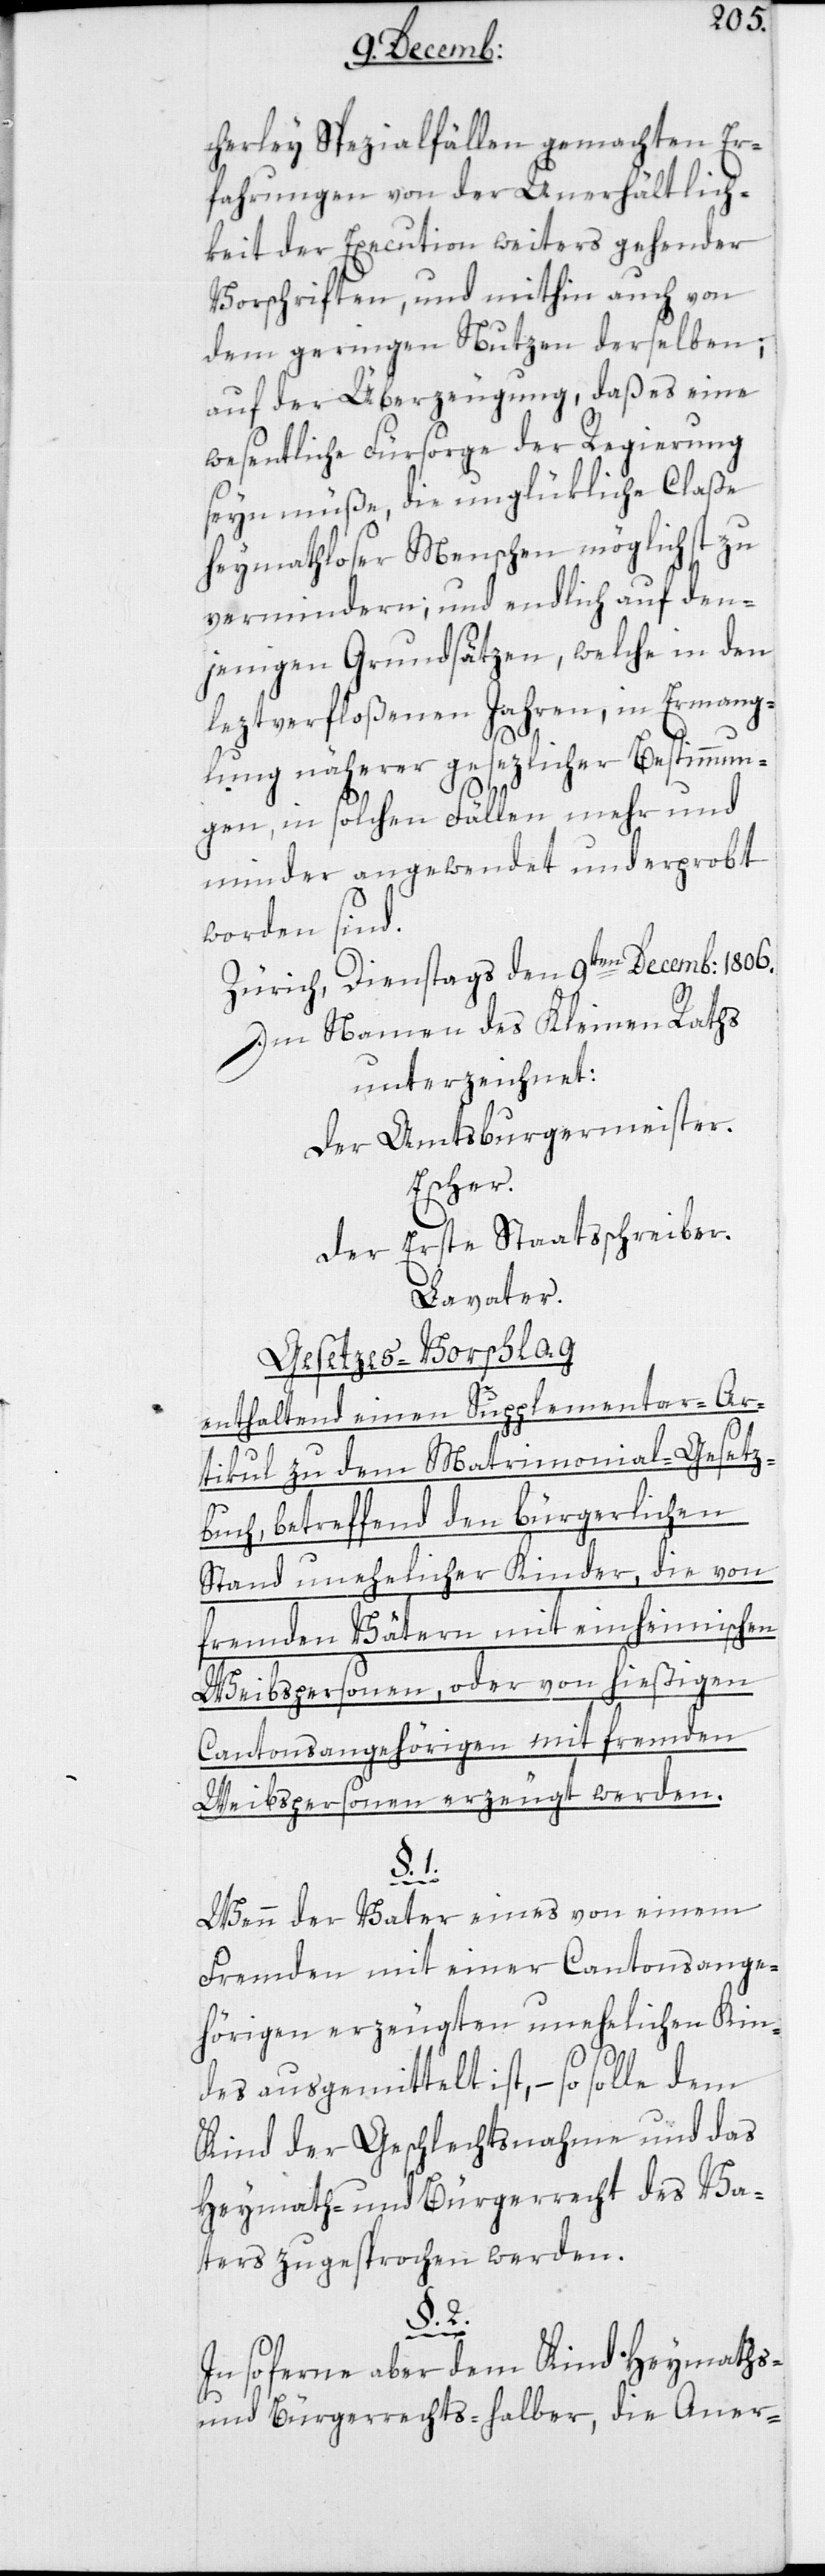
cherlei Spezialfällen gemachten Er¬
fahrungen von der Unerhältlich¬
keit der Execution weiters gehender
Vorschriften, und mithin auch von
dem geringen Nutzen derselben;
auf der Überzeugung, daß es eine
wesentliche Fürsorge der Regierung
sein müße, die unglükliche Claße
heimatloser Menschen möglichst zu
vermindern; und endlich auf den¬
jenigen Grundsätzen, welche in den
leztverfloßenen Jahren, in Ermange¬
lung näherer gesezlicher Bestimmun¬
gen, in solchen Fällen mehr und
minder angewendet und erprobt
worden sind.
Zürich, Dienstags den 9ten Decemb: 1806.
Im Namen des Kleinen Raths
unterzeichnet:
Der Amtsburgermeister.
Escher.
Der erste Staatsschreiber.
Lavater.
Gesetzes-Vorschlag
enthaltend einen Supplementar-Ar¬
ticul zu dem Matrimonial-Gesetz¬
buch, betreffend den bürgerlichen
Stand unehelicher Kinder, die von
fremden Vätern mit einheimischen
2.
Weibspersonen, oder von hießigen
Cantonsangehörigen mit fremden
Weibspersonen erzeugt werden.
§. 1.
Wenn der Vater eines von einem
Fremden mit einer Cantonsange¬
hörigen erzeugten unehelichen Kin¬
des ausgemittelt ist, – so solle dem
Kind der Geschlechtsnahme und das
Heymath- und Bürgerrecht des Va¬
ters zugesprochen werden.
§.
Insoferne aber dem Kind Heymaths-
und Bürgerrechts-halber, die Aner-